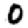
Digit: 0